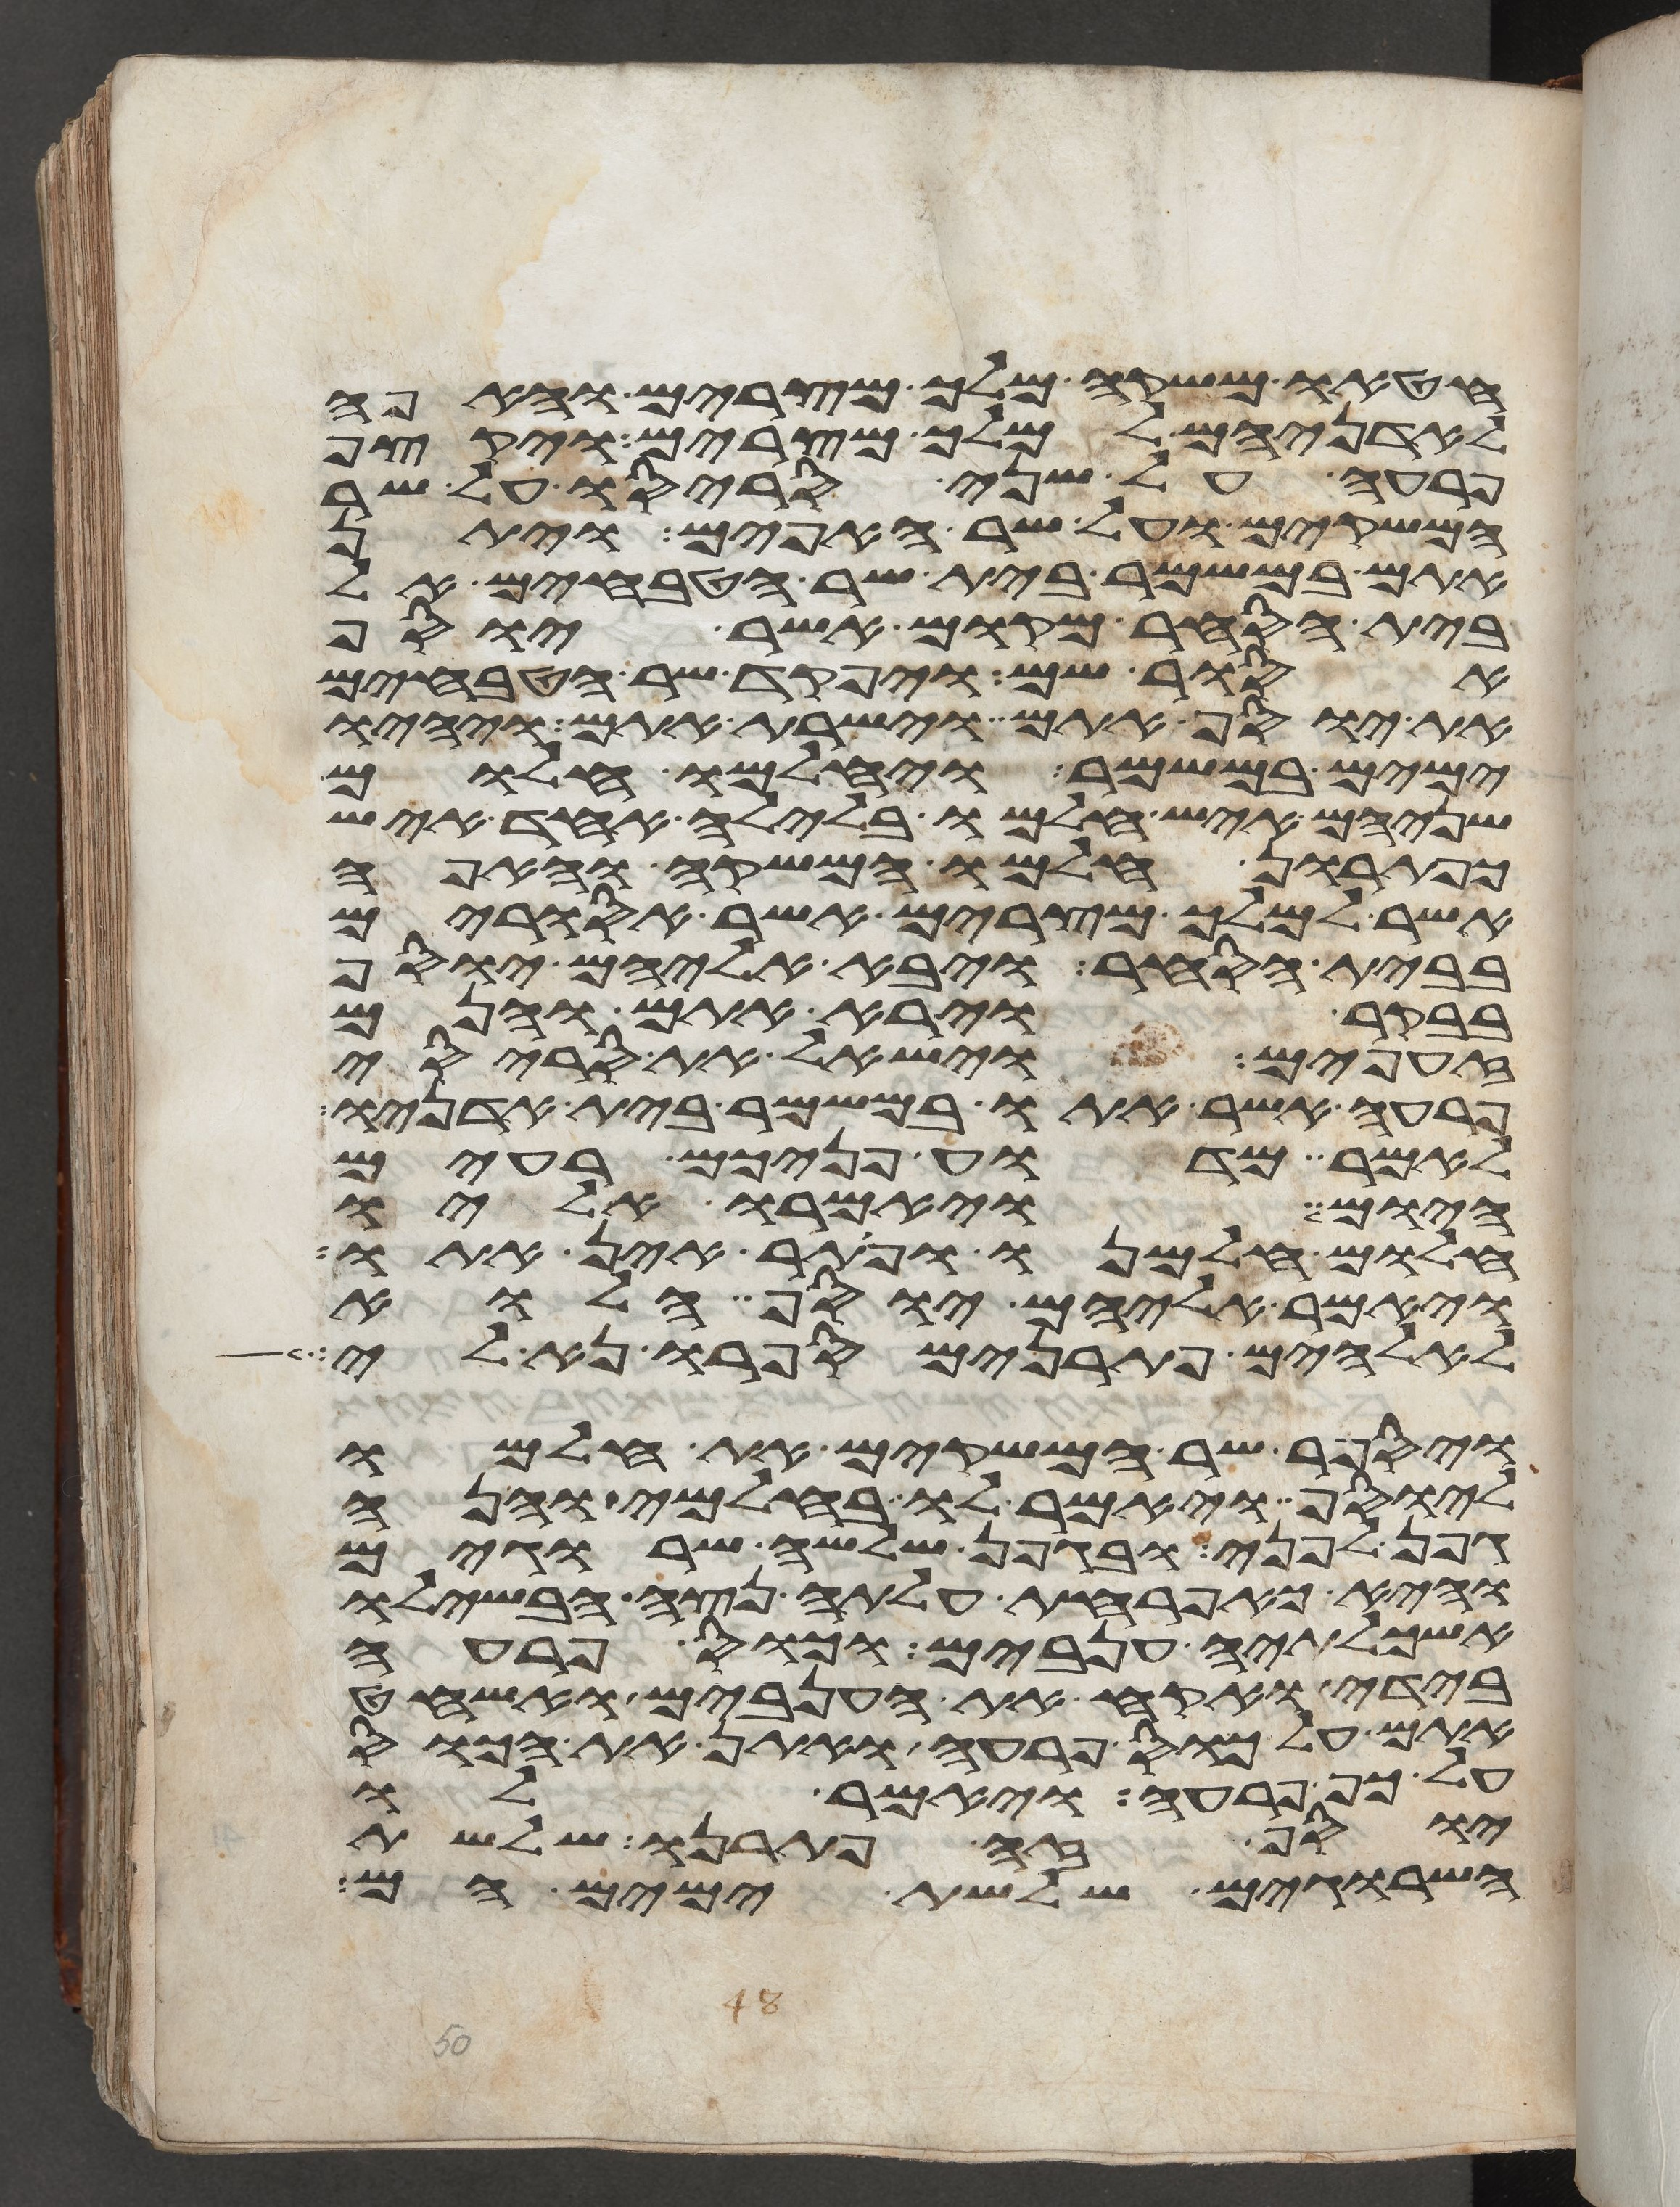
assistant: חטאו משקה מלך מצרים והאפה
לאדניהם למלך מצרים ויקצף
פרעה על שני סריסיו על שר
המשקים ועל שר האפים ויתן
אתם במשמר בית שר הטבחים אל
בית הסחר מקום אשר יוסף
אסור שם ויפקד שר הטבחים
את יוסף אתם וישרת אתם ויהיו
ימים במשמר ויחלמו חלום
שניהם איש חלמו בלילה אחד איש
כפתרון חלמו המשקה והאפה
אשר למלך מצרים אשר אסורים
בבית הסחר ויבא אליהם יוסף
בבקר וירא אתם והנם
זעפים וישאל את סריסי
פרעה אשר אתו במשמר בית אדניו
לאמר מדוע פניכם רעים
היום ויאמרו אליו
חלום חלמנו ופתר אין אתו
ויאמר אליהם יוסף הלוא
לאלהים פתרנים ספרו נא לי
ויספר שר המשקים את חלמו
ליוסף ויאמר לו בחלמי והנה
גפן לפני ובגפן שלשה שרוגים
והיא כאפרחת עלתה נצה הבשילו
אשכלתיה ענבים וכוס פרעה
בידי ואקח את הענבים ואשחט
אתם על כוס פרעה ואתן את הכוס
על כף פרעה ויאמר לו
יוסף זה פתרנו שלשת
השרוגים שלשת ימים הם